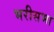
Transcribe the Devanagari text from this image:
भरीसभा